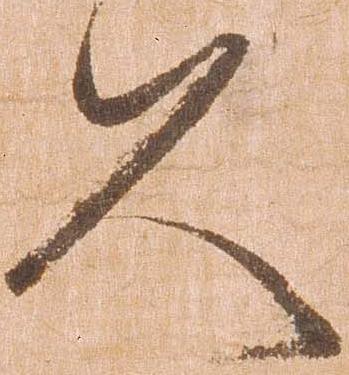
久